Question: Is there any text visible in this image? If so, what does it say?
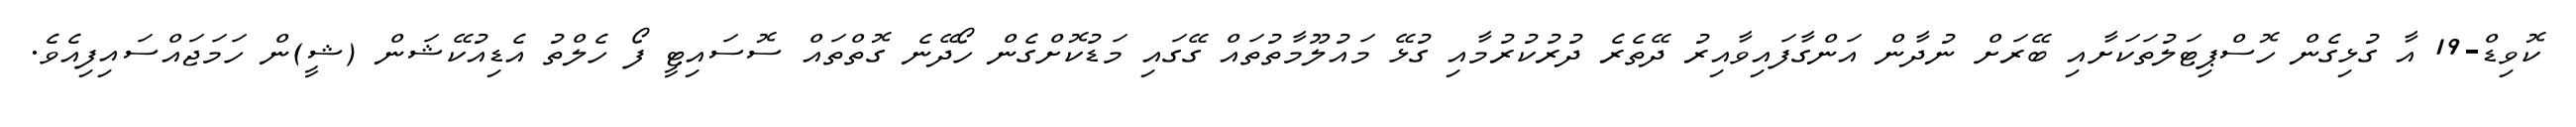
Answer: ކޮވިޑް-19 އާ ގުޅިގެން ހޮސްޕިޓަލުތަކަށާއި ބޭރަށް ނުދާން އަންގާފައިވާއިރު ދޭތެރެ ދުރުކުރުމާއި ގުޅޭ މައުލޫމާތުތައް ގޭގައި މަޑުކޮށްގެން ހޯދޭނެ ގޮތްތައް ސޮސައިޓީ ފޯ ހެލްތު އެޑިއުކޭޝަން (ޝީ)ން ހަމަޖައްސައިފިއެވެ.